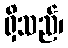
ရှိသည်၊